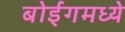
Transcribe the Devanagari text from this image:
बोईंगमध्ये